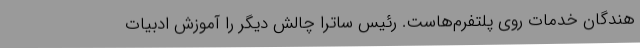
هندگان خدمات روی پلتفرم‌هاست. رئیس ساترا چالش دیگر را آموزش ادبیات